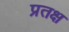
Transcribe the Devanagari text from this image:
प्रतक्ष